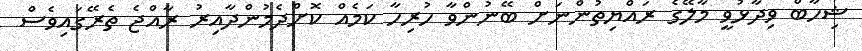
ޝިހާބް ވިދާޅުވީ މާލޭގެ ރައްޔިތުންނަށް ބޭނުންވާ ހުރިހާ ކަމެއް ކޮށްދެމުންދާއިރު ރާއްޖެ ތެރޭގައިވެސް